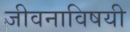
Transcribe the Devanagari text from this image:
जीवनाविषयी